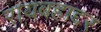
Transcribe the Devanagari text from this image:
रायबहाद्दर